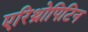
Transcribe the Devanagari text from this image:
एरिथ्रोपिटिन